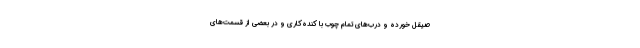
صیقل خورده و درب‌های تمام چوب با کنده‌کاری و در بعضی از قسمت‌های